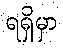
ရရှိမှာ